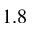
1 . 8